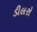
ડીલરો